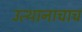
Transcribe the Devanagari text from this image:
उत्थानाचाच